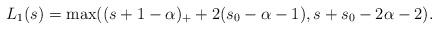
LaTeX: \begin{align*}L_1(s)=\max((s+1-\alpha)_++2(s_0-\alpha-1), s+s_0-2\alpha-2).\end{align*}